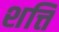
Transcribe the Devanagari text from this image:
शत्ति